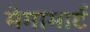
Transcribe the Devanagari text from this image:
मेगामार्ट